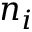
n _ { i }